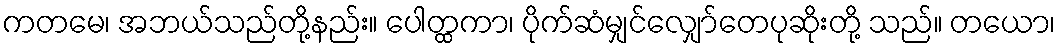
ကတမေ၊ အဘယ်သည်တို့နည်း။ ပေါတ္ထကာ၊ ပိုက်ဆံမျှင်လျှော်တေပုဆိုးတို့ သည်။ တယော၊